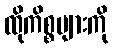
ထိုကိစ္စများကို